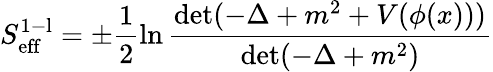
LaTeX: S_{\mathrm{eff}}^{\mathrm{1-l}}=\pm\frac{1}{2}\ln\frac{\operatorname*{det}(-\Delta+m^{2}+V(\phi(x)))}{\operatorname*{det}(-\Delta+m^{2})}